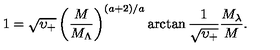
1 = \sqrt { \upsilon _ { + } } \left( \frac { M } { M _ { \Lambda } } \right) ^ { ( a + 2 ) / a } \arctan \frac { 1 } { \sqrt { \upsilon _ { + } } } \frac { M _ { \lambda } } { M } .